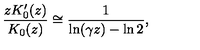
\frac { z K _ { 0 } ^ { \prime } ( z ) } { K _ { 0 } ( z ) } \cong \frac { 1 } { \ln ( \gamma z ) - \ln 2 } ,